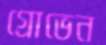
গ্রোভেন